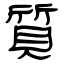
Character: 質